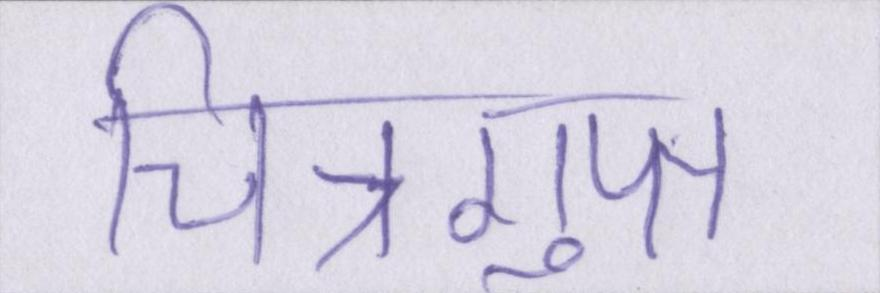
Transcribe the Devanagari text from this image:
चित्रगुप्त